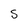
Character: S